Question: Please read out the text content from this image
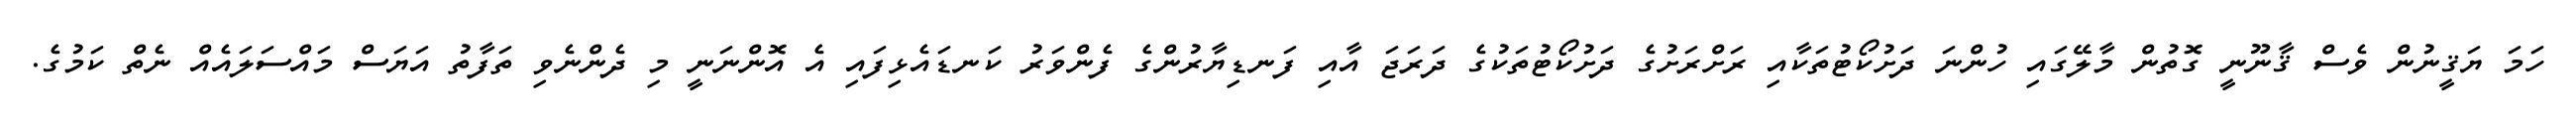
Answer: ހަމަ ޔަޤީނުން ވެސް ޤާނޫނީ ގޮތުން މާލޭގައި ހުންނަ ދަށުކޯޓުތަކާއި ރަށްރަށުގެ ދަށުކޯޓުތަކުގެ ދަރަޖަ އާއި ފަނޑިޔާރުންގެ ފެންވަރު ކަނޑައެޅިފައި އެ އޮންނަނީ މި ދެންނެވި ތަފާތު އަޔަސް މައްސަލައެއް ނެތް ކަމުގެ.